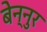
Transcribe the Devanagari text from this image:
बेन्नुर